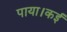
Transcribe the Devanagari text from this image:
पाया।कई